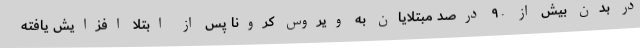
در بدن بیش از ۹۰ درصد مبتلایان به ویروس کرونا پس از ابتلا افزایش یافته